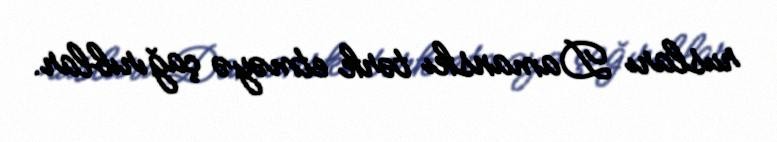
rusları Damanskı tərk etməyə çağırıblar.